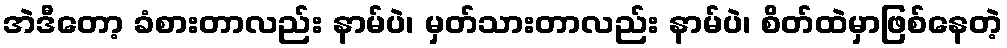
အဲဒီတော့ ခံစားတာလည်း နာမ်ပဲ၊ မှတ်သားတာလည်း နာမ်ပဲ၊ စိတ်ထဲမှာဖြစ်နေတဲ့